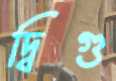
দ্বিগু